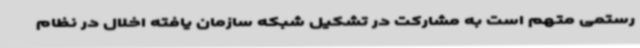
رستمی متهم است به مشارکت در تشکیل شبکه سازمان یافته اخلال در نظام